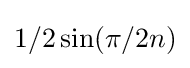
1/2\sin(\pi /2n)